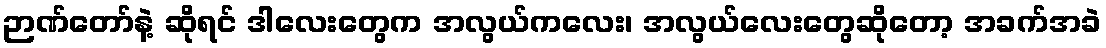
ဉာဏ်တော်နဲ့ ဆိုရင် ဒါလေးတွေက အလွယ်ကလေး၊ အလွယ်လေးတွေဆိုတော့ အခက်အခဲ